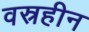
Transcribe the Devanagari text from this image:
वस्रहीन